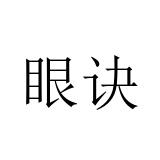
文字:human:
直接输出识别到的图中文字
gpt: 眼诀